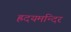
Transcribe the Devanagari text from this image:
ह्रदयमन्दिर